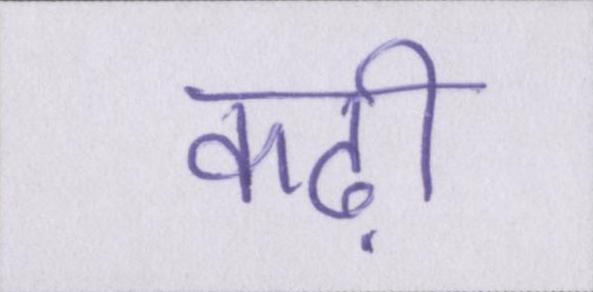
कढ़ी